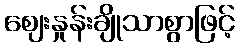
ဈေးနှုန်းချိုသာစွာဖြင့်